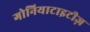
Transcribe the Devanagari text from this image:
गोनियाटाइटीज़